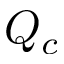
Q _ { c }